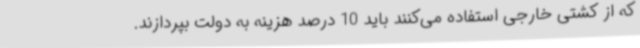
که از کشتی خارجی استفاده می‌کنند باید 10 درصد هزینه به دولت بپردازند.